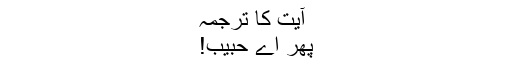
آیت کا ترجمہ
پھر اے حبیب!